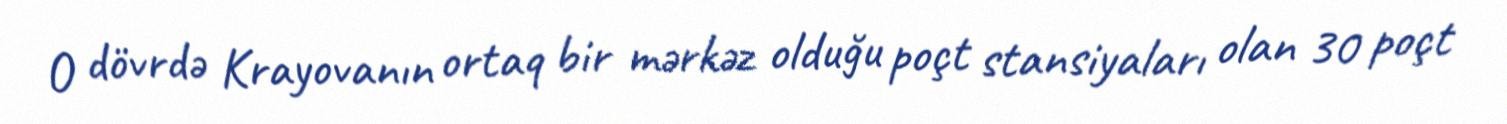
O dövrdə Krayovanın ortaq bir mərkəz olduğu poçt stansiyaları olan 30 poçt